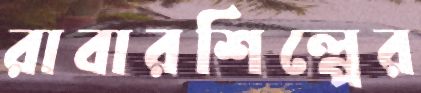
রাবারশিল্পের